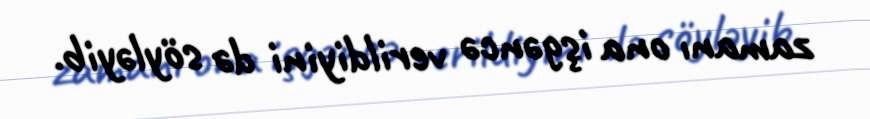
zamanı ona işgəncə verildiyini də söyləyib.